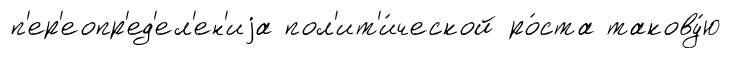
п'ер'еопр'ед'ел'ен'иjа пол'ит'и́ческой ро́ста такову́ю